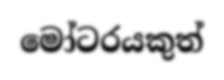
මෝටරයකුත්